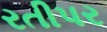
રતીપર